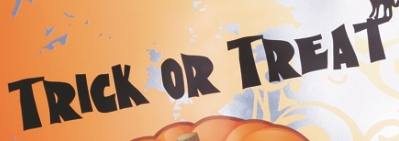
TRICK OR TREAT